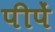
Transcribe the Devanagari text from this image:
पीपें